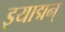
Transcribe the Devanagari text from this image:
इयाद्मन्